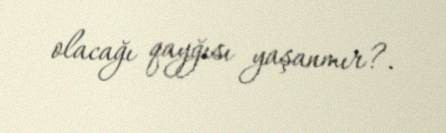
olacağı qayğısı yaşanmır?.